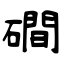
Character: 磵